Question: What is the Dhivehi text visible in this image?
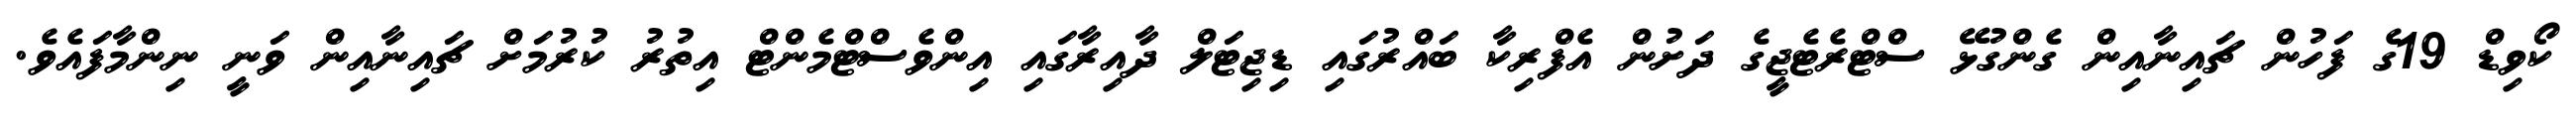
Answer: ކޯވިޑް 19ގެ ފަހުން ޗައިނާއިން ގެންގުޅޭ ސްޓްރެޓެޖީގެ ދަށުން އެފްރިކާ ބައްރުގައި ޑިޖިޓަލް ދާއިރާގައި އިންވެސްޓްމެންޓް އިތުރު ކުރުމަށް ޗައިނާއިން ވަނީ ނިންމާފައެވެ.